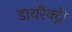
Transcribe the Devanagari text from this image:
डायरैक्ट्री